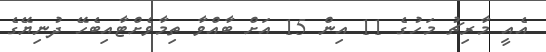
އެއީ މާރިޗު މަހުގެ 11 އިން 15 އަށް ބާއްވާ ތިމާވެށްޓާއިބެހޭ ދުނިޔޭގެ